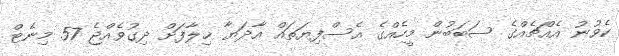
ކެވުނު އެއްޗެއްގެ ސަބަބުން މީހެއްގެ އެސްފިޔަތައް އާދަޔާ ޚިލާފަށް ދިގުވެއްޖެ 57 މިނެޓް